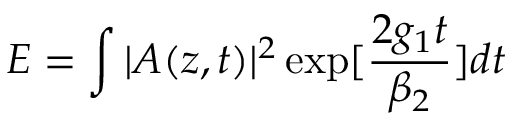
E = \int { | A ( z , t ) | ^ { 2 } \exp [ \frac { 2 g _ { 1 } t } { \beta _ { 2 } } ] d t }